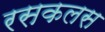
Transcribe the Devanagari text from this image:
रसकलस